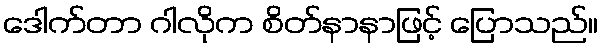
ဒေါက်တာ ဂါလိုက စိတ်နာနာဖြင့် ပြောသည်။